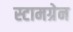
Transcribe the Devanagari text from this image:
स्टामग्रेन